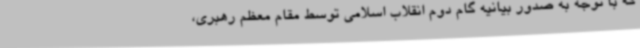
که با توجه به صدور بیانیه گام دوم انقلاب اسلامی توسط مقام معظم رهبری،